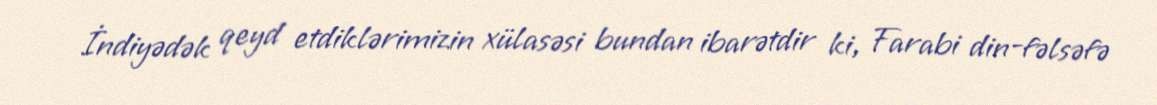
İndiyədək qeyd etdiklərimizin xülasəsi bundan ibarətdir ki, Farabi din-fəlsəfə